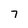
Character: 7